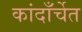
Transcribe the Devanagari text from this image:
कांदाँर्चेत